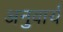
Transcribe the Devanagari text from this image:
अनुवार्य